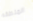
المنطقه